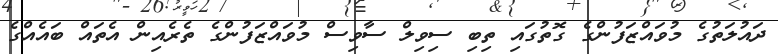
ދައުލަތުގެ މުވައްޒަފުންގެ ގޮތުގައި ތިބި ސިވިލް ސާވިސް މުވައްޒަފުންގެ ތެރެއިން އެތައް ބައެއްގެ